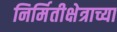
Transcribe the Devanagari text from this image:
निर्मितीक्षेत्राच्या